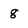
Character: 8